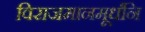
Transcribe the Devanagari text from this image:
विराजमानमूर्धनि